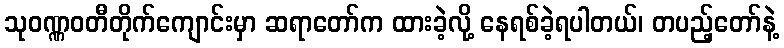
သုဝဏ္ဏဝတီတိုက်ကျောင်းမှာ ဆရာတော်က ထားခဲ့လို့ နေရစ်ခဲ့ရပါတယ်၊ တပည့်တော်နဲ့